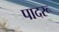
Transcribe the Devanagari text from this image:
पादरू